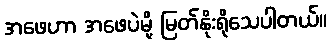
အဖေဟာ အဖေပဲမို့ မြတ်နိုးရိုသေပါတယ်။